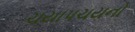
ચયાપચયનો